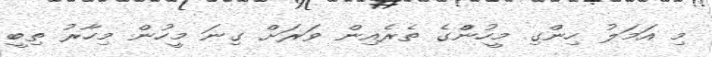
މި އަމަލު ހިންގި މީހުންްގެ ތެރެއިން ވަރަށް ގިނަ މީހުން މިހާރު ތިބީ